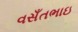
વસઁતભાઇ